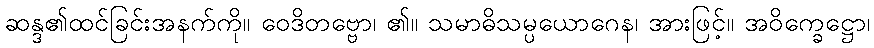
ဆန္ဒ၏ထင်ခြင်းအနက်ကို။ ဝေဒိတဗ္ဗော၊ ၏။ သမာဓိသမ္ပယောဂေန၊ အားဖြင့်။ အဝိက္ခေဋ္ဌော၊